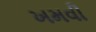
ખમવી